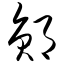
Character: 郧